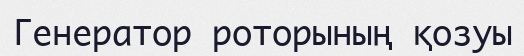
Генератор роторының қозуы